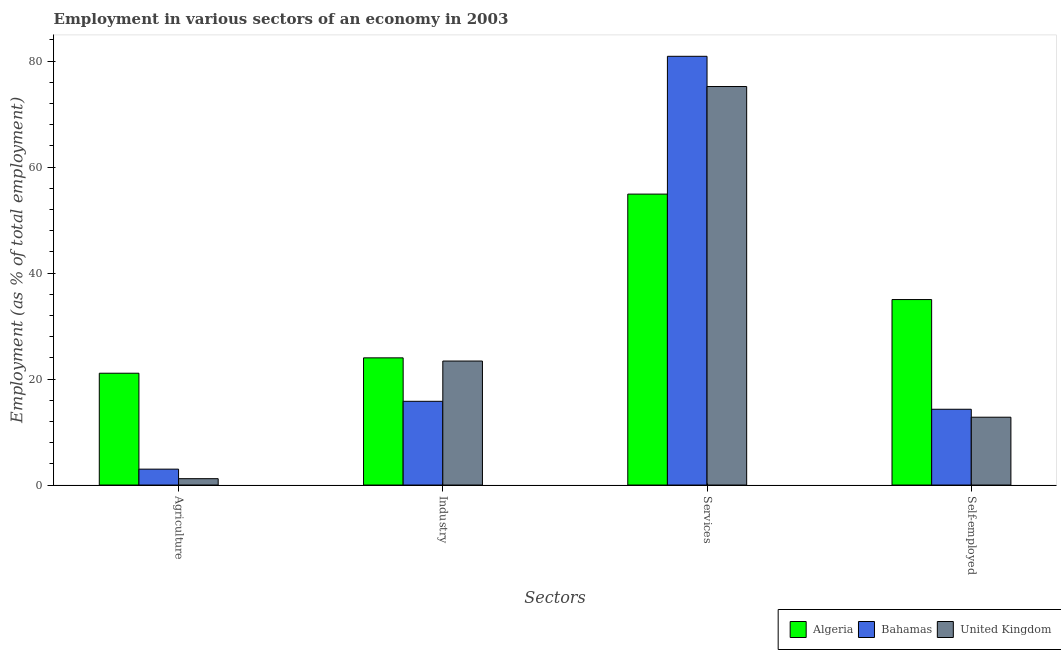
| Sectors | Algeria | Bahamas | United Kingdom |
 | --- | --- | --- | --- |
 | Agriculture | 21.1 | 3 | 1.2 |
 | Industry | 24 | 15.8 | 23.4 |
 | Services | 54.9 | 80.9 | 75.2 |
 | Self-employed | 35 | 14.3 | 12.8 |